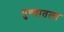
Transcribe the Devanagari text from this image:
पुण्यातला